Sanitation, dispensaries and jails vaccination Rajputana 1922-1927 - 1922-1927
Year: 1922
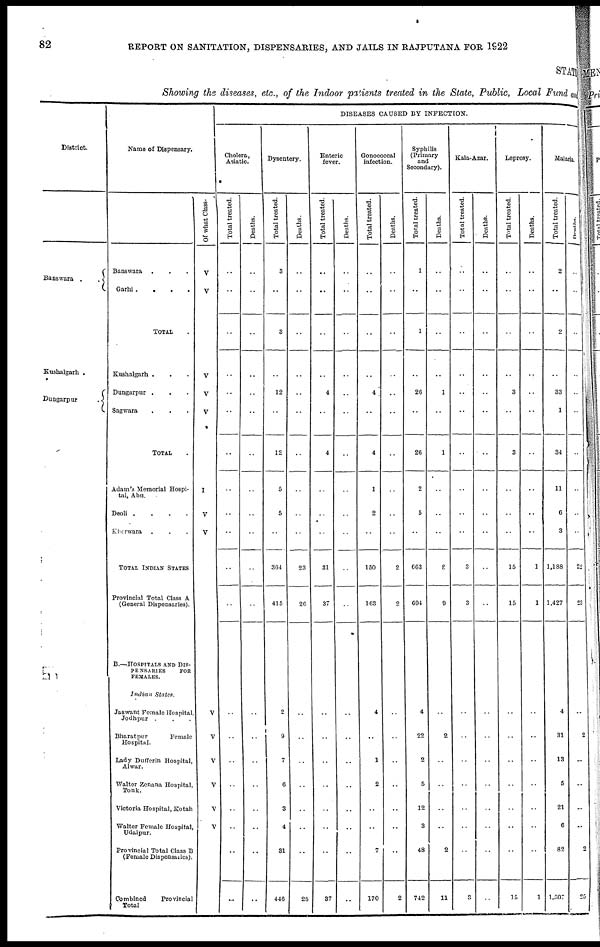
82
REPORT ON SANITATION, DISPENSARIES, AND JAILS IN RAJPUTANA FOR 1922
STATE
Showing the diseases, etc., of the Indoor patients treated in the State, Public, Local Fund and
District.
Banswara
..
Kushalgarh .
Dungarpur
.
Name of Dispensary.
Banswara ..
Garhi
....
TOTAL .
Kushalgarh ...
Dungarpur ...
Sagwara ..
TOTAL .
Adam's Memorial Hospi-
tal, Abu.
Deoli
....
Kherwara ...
TOTAL INDIAN STATES
Provincial Total Class A
(General Dispensaries).
B.—HOSPITALS AND DIS-
PENSARIES
FOR
FEMALES.
Indian States.
Jaswant Female Hospital,
Jodhpur ...
Bharatpur
Female
Hospital.
Lady Dufferin Hospital,
Alwar.
Walter Zenana Hospital,
Tonk.
Victoria Hospital, Kotah
Walter Female Hospital,
Udaipur.
Provincial Total Class B
(Female Dispensaries) .
Combined
Provincial
Total
Of what Class.
V
V
V
V
V
I
V
V
V
V
V
V
V
V
DISEASES CAUSED BY INFECTION.
Cholera,
Asiatic.
Total treated.
..
..
..
..
..
..
..
..
..
..
..
..
..
..
..
..
..
..
..
..
Deaths.
..
..
..
..
..
..
..
..
..
..
..
..
..
..
..
..
..
..
..
..
Dysentery.
Total treated.
3
..
3
..
12
..
12
5
5
..
364
415
2
9
7
6
3
4
31
446
Deaths.
..
..
..
..
..
..
..
..
..
..
23
26
..
..
..
..
..
..
..
26
Enteric
fever.
Total treated.
..
..
..
..
4
..
4
..
..
..
31
37
..
..
..
..
..
..
..
37
Deaths.
..
..
..
..
..
..
..
..
..
..
..
..
..
..
..
..
..
..
..
..
Gonococcal
infection.
Total treated.
..
..
..
..
4
..
4
1
2
..
150
163
4
..
1
2
..
..
7
170
Deaths.
..
..
..
..
..
..
..
..
..
..
2
2
..
..
..
..
..
..
..
2
Syphilis
(Primary
and
Secondary).
Total treated.
1
..
1
..
26
..
26
2
5
..
663
694
4
22
2
5
12
3
48
742
Deaths.
..
..
..
..
1
..
1
..
..
..
8
9
..
2
..
..
..
..
2
11
Kala-Azar.
Total treated.
..
..
..
..
..
..
..
..
..
..
3
3
..
..
..
..
..
..
..
3
Deaths.
..
..
..
..
..
..
..
..
..
..
..
..
..
..
..
..
..
..
..
..
Leprosy.
Total treated.
..
..
..
..
3
..
3
..
..
..
15
15
..
..
..
..
..
..
..
15
Deaths.
..
..
..
..
..
..
..
..
..
..
1
1
..
..
..
..
..
..
..
1
Malaria.
Total treated.
2
..
2
..
33
1
34
11
6
3
1,188
1,427
4
31
13
5
21
6
82
1,507
Deaths.
..
..
..
..
..
..
..
..
..
..
22
23
..
2
..
..
..
..
2
25